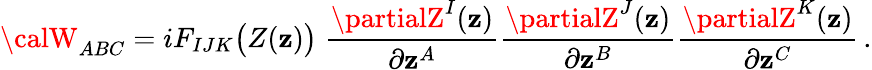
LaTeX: {\calW}_{ABC}=iF_{IJK}\big(Z(\mathbf{z})\big)\; {\frac{{\partialZ^{I}(\mathbf{z})}}{{\partial\mathbf{z}^{A}}}}{\frac{{\partialZ^{J}(\mathbf{z})}}{{\partial\mathbf{z}^{B}}}}{\frac{{\partialZ^{K}(\mathbf{z})}}{{\partial\mathbf{z}^{C}}}}\, .